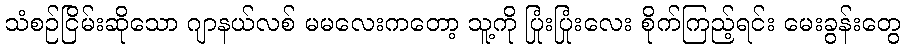
သံစဉ်ငြိမ်းဆိုသော ဂျာနယ်လစ် မမလေးကတော့ သူ့ကို ပြုံးပြုံးလေး စိုက်ကြည့်ရင်း မေးခွန်းတွေ